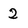
Character: 2